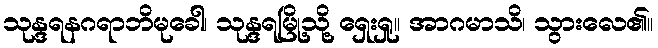
သုန္ဒရနဂရာဘိမုခေါ၊ သုန္ဒရမြို့သို့ ရှေးရှု။ အာဂမာသိ၊ သွားလေ၏။